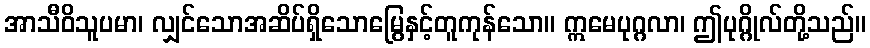
အာသီဝိသူပမာ၊ လျှင်သောအဆိပ်ရှိသောမြွေနှင့်တူကုန်သော။ ဣမေပုဂ္ဂလာ၊ ဤပုဂ္ဂိုလ်တို့သည်။